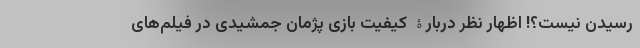
رسیدن نیست؟! اظهار نظر دربارۀ کیفیت بازی پژمان جمشیدی در فیلم‌های